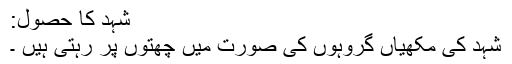
شہد کا حصول:
شہد کی مکھیاں گروہوں کی صورت میں چھتّوں پر رہتی ہیں ۔